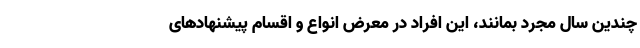
چندین سال مجرد بمانند، این افراد در معرض انواع و اقسام پیشنهادهای